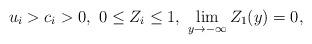
LaTeX: \begin{align*}u_i>c_i>0,\,\,0\leq Z_i\leq 1,\,\, \lim\limits_{y\to-\infty}Z_1(y)=0,\end{align*}